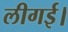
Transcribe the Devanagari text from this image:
लीगई।